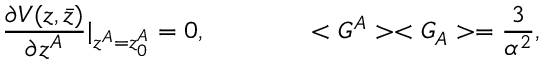
\frac { \partial V ( z , \bar { z } ) } { \partial z ^ { A } } \vert _ { z ^ { A } = z _ { 0 } ^ { A } } = 0 , \qquad \qquad < G ^ { A } > < G _ { A } > = \frac { 3 } { \alpha ^ { 2 } } ,